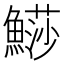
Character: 𩺳